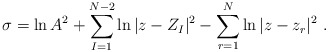
\begin{align*}\sigma =\ln A^2 +\sum_{I=1}^{N-2} \ln|z - Z_I|^2 -\sum_{r=1}^{N} \ln|z-z_r|^2\ .\end{align*}